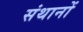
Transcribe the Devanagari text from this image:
संथानों